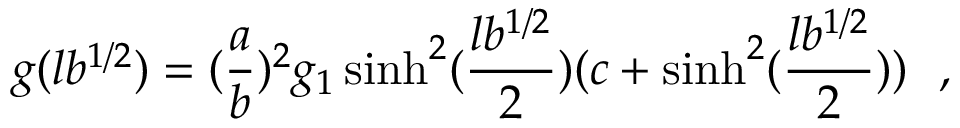
g ( l b ^ { 1 / 2 } ) = ( { \frac { a } { b } } ) ^ { 2 } g _ { 1 } \sinh ^ { 2 } ( { \frac { l b ^ { 1 / 2 } } { 2 } } ) ( c + \sinh ^ { 2 } ( { \frac { l b ^ { 1 / 2 } } { 2 } } ) ) ~ ~ ,